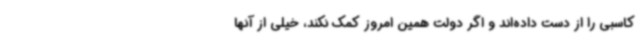
کاسبی را از دست داده‌اند و اگر دولت همین امروز کمک نکند، خیلی از آنها